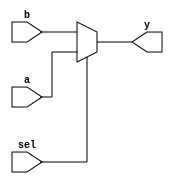
`timescale 1ns / 1ps
//////////////////////////////////////////////////////////////////////////////////
// Company: 
// 
// Design Name: 
// Module Name:    mux_32bit 
//////////////////////////////////////////////////////////////////////////////////
module mux_32bit(a,b,sel,y
    );
input[31:0] a, b;
input sel;
output[31:0] y;
assign y = sel ? a: b;

endmodule